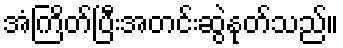
အံကြိတ်ပြီးအတင်းဆွဲနုတ်သည်။